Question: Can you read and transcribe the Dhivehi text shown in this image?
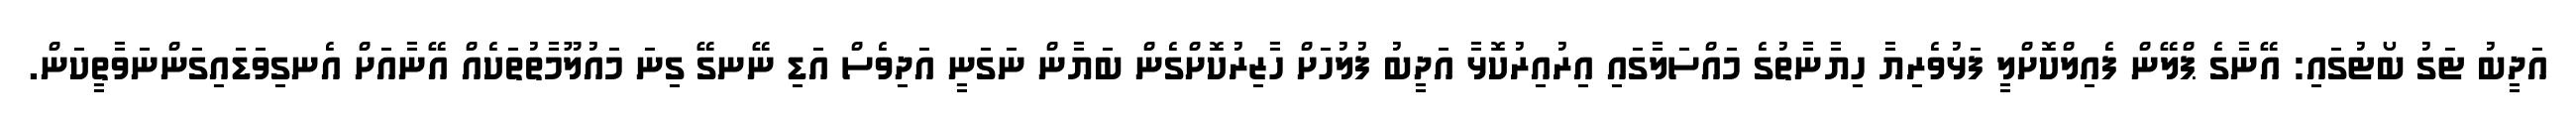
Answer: އަދީބު ޓަގު ބޯޓުގައި: އޭނާގެ ޕްލޭން ފެއިލްކޮށްލީ ފަޅުވެރިޔާ ހިޔާނާތުގެ މައްސަލާގައި އިރުއިރުކޮޅާ އަދީބު ފުލުހަށް ހާޒިރުކޮށްގެން ބަޔާން ނަގަނީ އަދިވެސް އަޑި ނޭނގޭ ގިނަ މައުލޫމާތުތަކެއް އޭނާއަށް އެނގިވަޑައިގަންނަވާތީކަން.